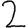
Digit: 2